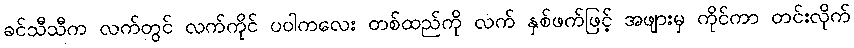
ခင်သီသီက လက်တွင် လက်ကိုင် ပဝါကလေး တစ်ထည်ကို လက် နှစ်ဖက်ဖြင့် အဖျားမှ ကိုင်ကာ တင်းလိုက်